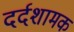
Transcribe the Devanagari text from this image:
दर्दशामक